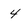
Character: 4